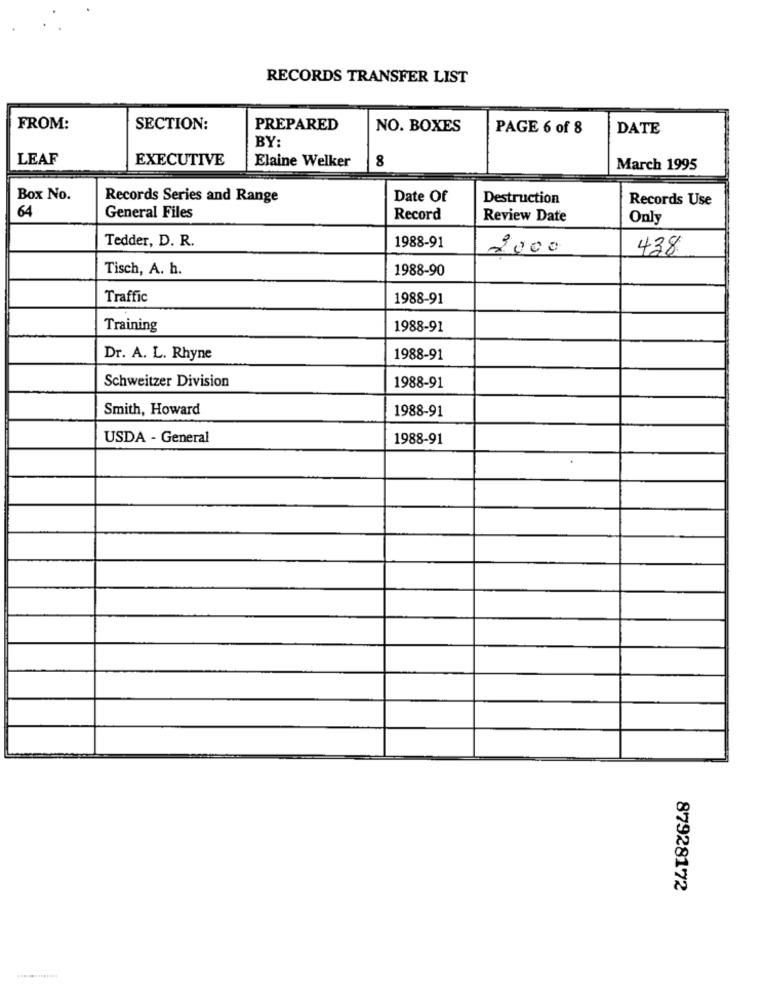
RECORDS TRANSFER LIST
FROM:
SECTION:
PREPARED
NO. BOXES
PAGE 6 of 8
DATE
BY:
LEAF
EXECUTIVE
Elaine Welker
8
March 1995
Box No.
Records Series and Range
Date Of
Destruction
Records Use
64
General Files
Record
Review Date
Only
Tedder, D. R.
1988-91
2000
438
Tisch, A. h.
1988-90
Traffic
1988-91
Training
1988-91
Dr. A. L. Rhyne
1988-91
Schweitzer Division
1988-91
Smith, Howard
1988-91
USDA - General
1988-91
87928172